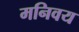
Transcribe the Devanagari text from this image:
मनिवय